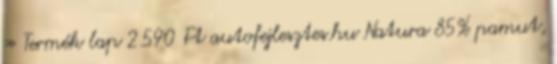
» Termék lap 2.590 Ft autofejlesztes.hu Natura 85% pamut,